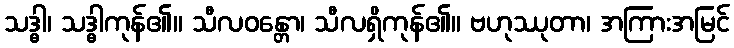
သဒ္ဓါ၊ သဒ္ဓါကုန်၏။ သီလဝန္တော၊ သီလရှိကုန်၏။ ဗဟုဿုတာ၊ အကြားအမြင်